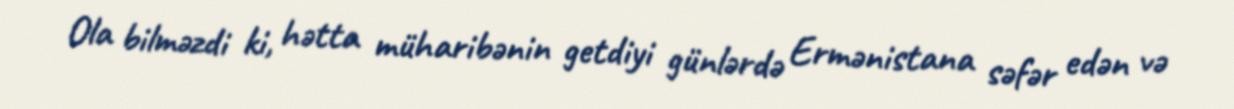
Ola bilməzdi ki, hətta müharibənin getdiyi günlərdə Ermənistana səfər edən və